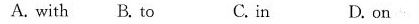
A. with B. To C.in D. on